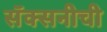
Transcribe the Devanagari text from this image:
सॅक्सनीची